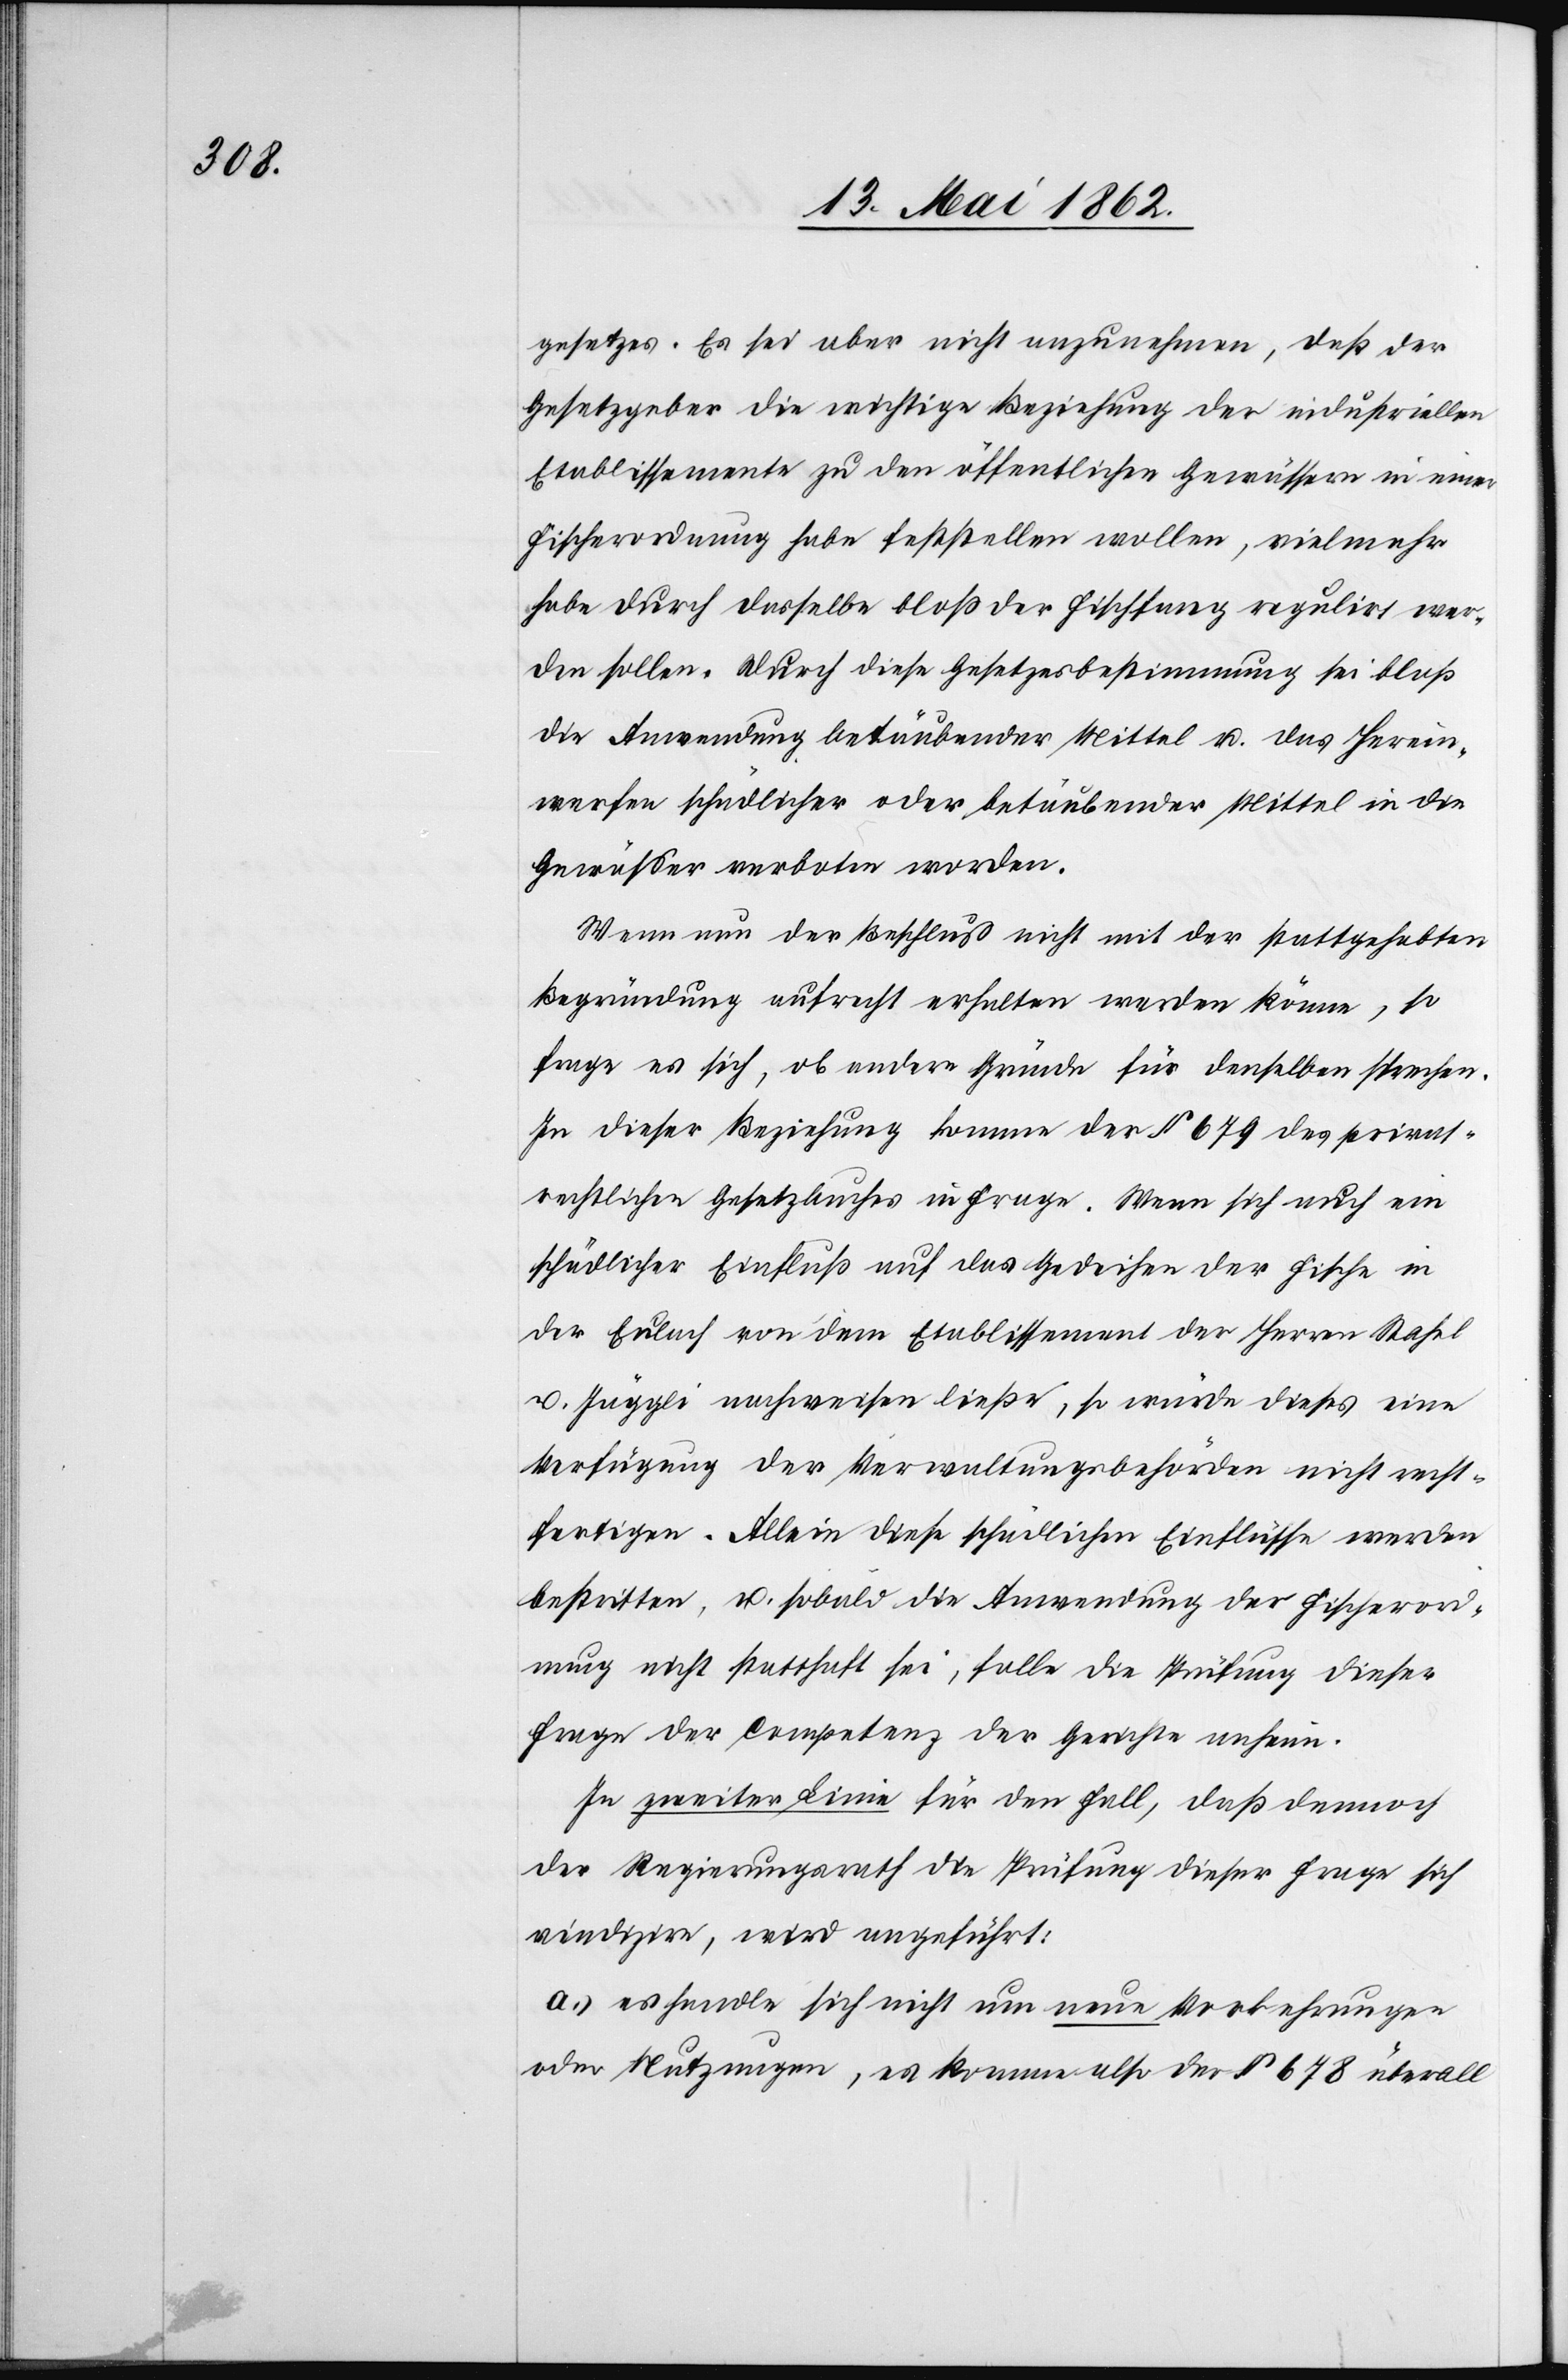
gesetzes. Es sei aber nicht anzunehmen, daß der
Gesetzgeber die richtige Beziehung der industriellen
Etablissemente zu den öffentlichen Gewässern in einer
Fischerordnung habe feststellen wollen, vielmehr
habe durch dasselbe bloß der Fischfang regulirt wer¬
den sollen. Durch diese Gesetzesbestimmung sei bloß
die Anwendung betäubender Mittel u. das Herein¬
werfen schädlicher oder betäubender Mittel in die
Gewässer verboten worden.
Wenn nun der Beschluß nicht mit der stattgehabten
Begründung aufrecht erhalten werden könne, so
frage es sich, ob andere Gründe für denselben sprechen.
In dieser Beziehung komme der § 679 des privat¬
rechtlichen Gesetzbuches in Frage. Wenn sich auch ein
schädlicher Einfluß auf das Gedeihen der Fische in
der Eulach von dem Etablissement der Herren Stahel
u. Jäggli nachweisen ließe, so würde dieses eine
Verfügung der Verwaltungsbehörden nicht recht¬
fertigen. Allein diese schädlichen Einflüsse werden
bestritten, u. sobald die Anwendung der Fischerord¬
nung nicht statthaft sei, falle die Prüfung dieser
Frage der Competenz der Gerichte anheim.
In zweiter Linie für den Fall, daß dennoch
der Regierungsrath die Prüfung dieser Frage sich
vindizire, wird angeführt:
a) es handle sich nicht um neue Vorkehrungen
oder Nutzungen, es komme also der § 678 überall